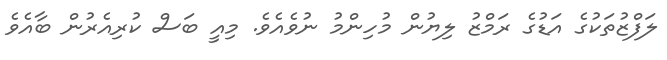
ލަފްޒުތަކުގެ އަޑުގެ ރަމްޒު ލިޔުން މުހިންމު ނުވެއެވެ. މިއީ ބަސް ކުރިއެރުން ބާއެވެ